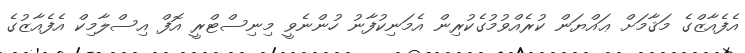
އެފެއާޒްގެ މަޤާމަށް ޢައްޔަން ކުރެއްވުމުގެކުރިން އެމަނިކުފާނު ހުންނެވީ މިނިސްޓްރީ އޮފް އިސްލާމިކް އެފެއާޒުގެ